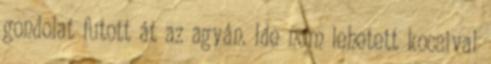
gondolat futott át az agyán. Ide nem lehetett kocsival